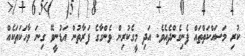
ކުރި މަސައްކަތްތައް ފެނިގެންދެއެވެ. އަދި މީގެކުރިން ވެންގާގެ ފަރާތުން އަޑުނީވޭ ގިނަ ވާހަކަތަކެއް